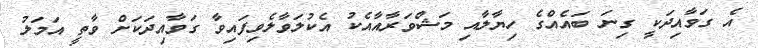
އެ ގަވާއިދަކީ ގިނަ ބައެއްގެ ހިޔާލާއި މަޝްވަރާއާއެކު އެކުލަވާލެވިފައިވާ ގަވާއިދަކަށް ވާތީ އަމަލު